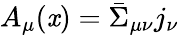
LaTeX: A_{\mu}(\mathit{x})=\bar{{\Sigma}}_{\mu\nu}j_{\nu}